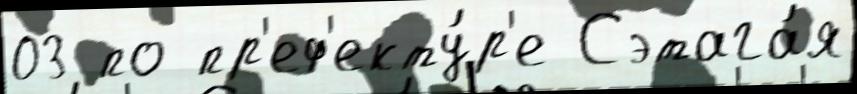
03 по пр'еф'екту́р'е Сэтага́я